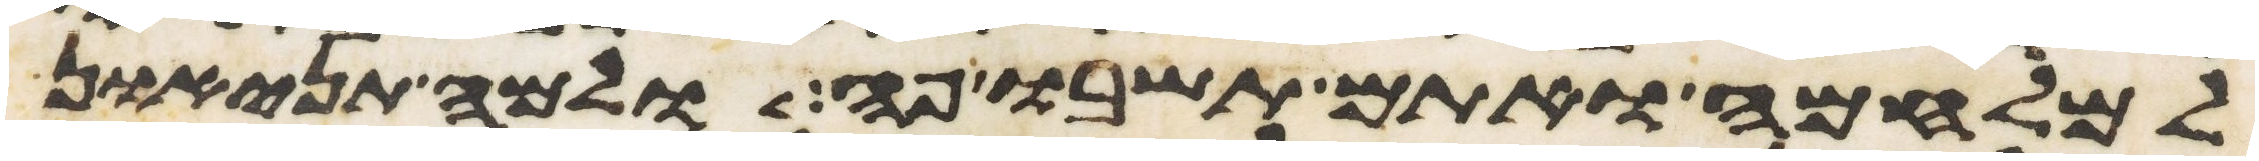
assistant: למלחמה ואתם תשבו פה ולמה תניאו